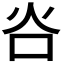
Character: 𬉸